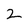
Character: 2